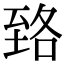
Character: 臵